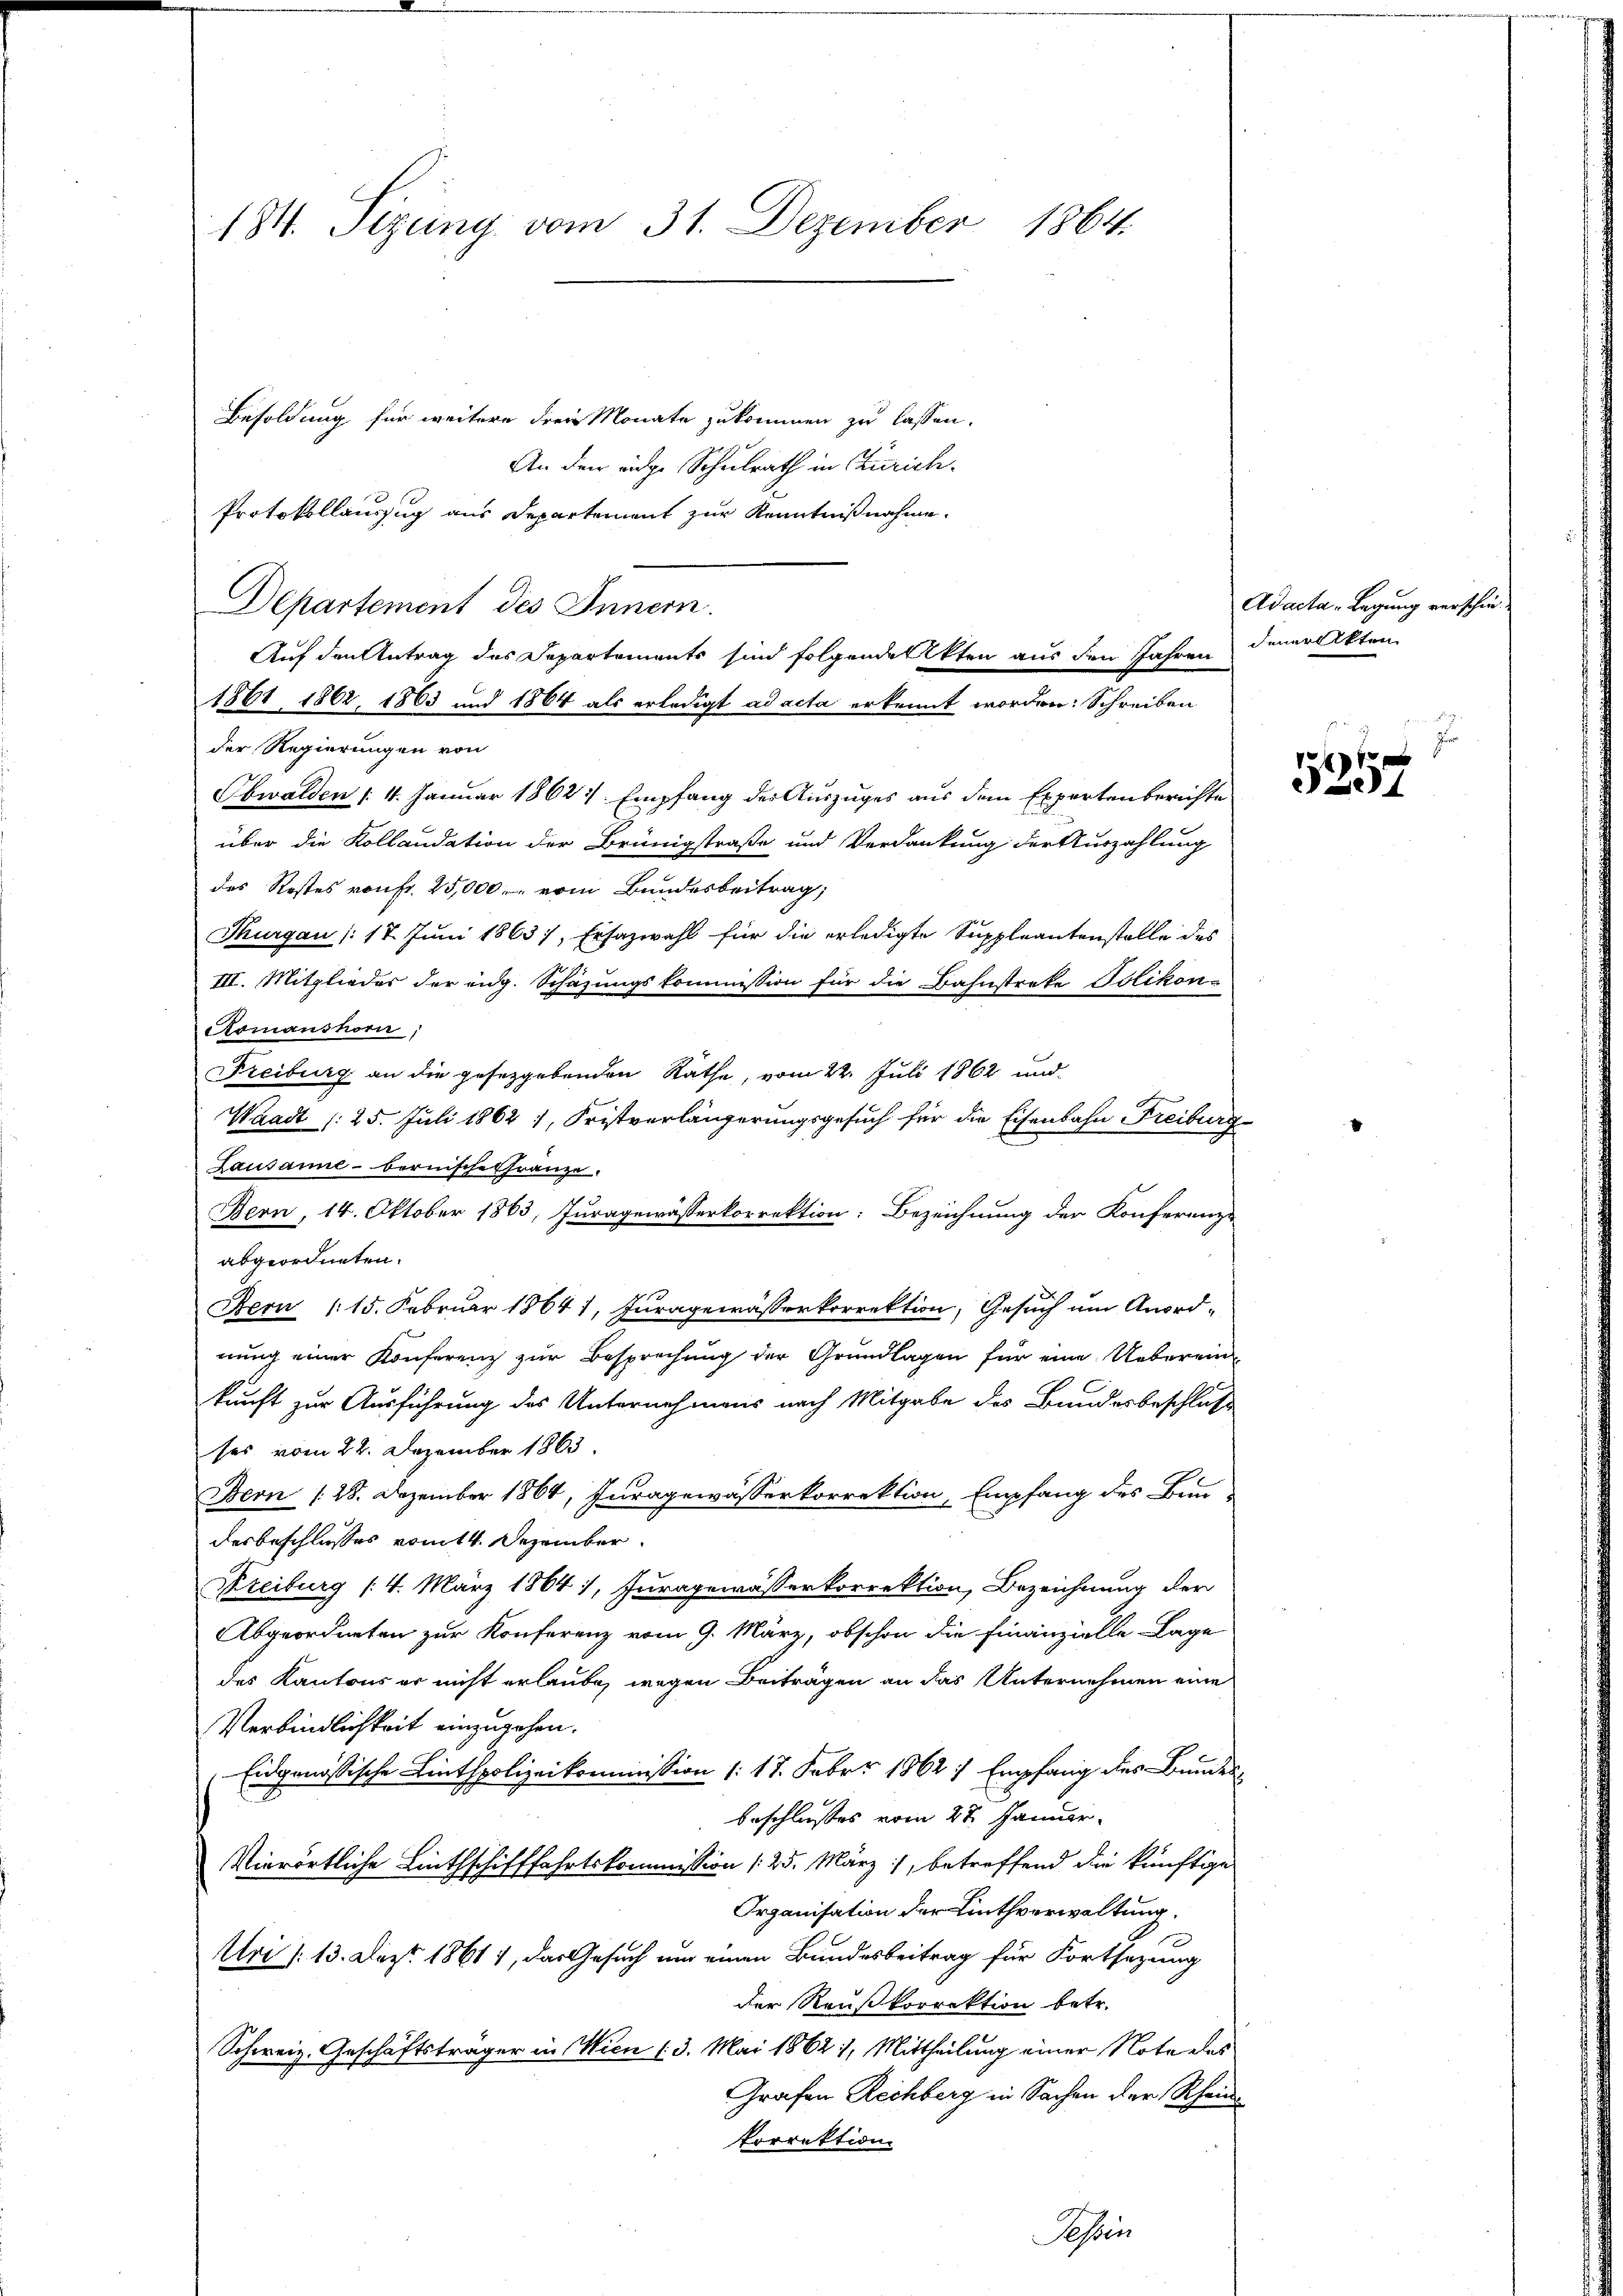
184. Sizung vom 31. Dezember 1864.

Besoldung für weitere drei Monate zukommen zu lassen.
An den eidge Schulrath in Zürich.
Protokollauszug aus Departement zur Kenntnißnahme.
Departement des Innern.
Auf den Antrag des Departements sind folgende Akten aus den Jahren
1861 1862. 1863 und 1864 als erledigt ad acta erkennt worden: Schreiben
der Regierungen von
Obwalden 14. Januar 1862: Empfang der Auszuges aus dem Expertenberichte
über die Kollandation der Brünigstraße und Verdankung der Kurzahlung
des Restes von Fr. 25,000. vom Bundesbeitrag,
Thurgau (: 18. Juni 1863), Ersazwahl für die erledigte Suppleantenstelle des
III. Mitglieder der eng. Schazungskommission für die Bahnstreke Polikon-
Romanshorn,
Freiburg an die gesetzgebenden Rathe, vom 22. Juli 1862 und
Waadt (25. Juli 1862 1, Fristverlängerungsgesuch für die Eisenbahn Freiburg-
Lausanne - bernische Gränze.
Bern, 14. Oktober 1863, Juragewässerkorrektion: Bezeichnung der Konferenze
abgeordneten.
Bern 115. Februar 1864 1, Juragewässerkorrektion, Gesuch um Anordnung einer Konferenz zur Besprechung der Grundlagen für eine Uebereinkunft zur Ausführung des Unternehmens nach Mitgabe des Bundesbeschluß
ses vom 22. Dezember 1863.
Bern (28. Dezember 1864, Juragewässerkorrektion, Empfang des Bun
desbeschlusses vom 14. Dezember.
Freiburg (4. März 1864, Juragewässerkorrektion, Bezeichnung der
Abgeordneten zur Konferenz vom 9. März, obschon die Finanzielle Lage
des Kantons er nicht erlaube, wegen Beiträgen an das Unternehmen eine
Verbindlichkeit einzugehen.
Eidgenössische Lintspolizeikommission (: 17. Febr. 1862 / Empfang des Bundes
beschlosses vom 27. Januar.
Vierörtliche Linthschifffahrtskommission (25. März, betreffend die künftige
Organisation der Linthverwaltung.
Uri (13. Dez. 1861), das Gesuch um einen Bundesbeitrag für Fortsetzung
der Raußkorrektion betr.
Schweiz. Geschäftsträger in Wien (3. Mai 1862, Mittheilung einer Note des
Grafen Rechberg in Sachen der Rheinvkorrektion
Tessin

Adacta - Legung verschiedener Akten

f x
521